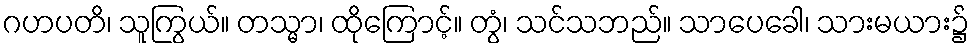
ဂဟပတိ၊ သူကြွယ်။ တသ္မာ၊ ထိုကြောင့်။ တွံ၊ သင်သဘည်။ သာပေခေါ၊ သားမယား၌